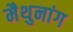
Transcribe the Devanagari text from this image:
मैथुनांग